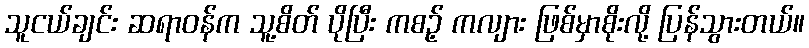
သူငယ်ချင်း ဆရာဝန်က သူ့စိတ် ပိုပြီး ကစဉ့် ကလျား ဖြစ်မှာစိုးလို့ ပြန်သွားတယ်။